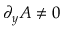
\partial _ { y } A \neq 0